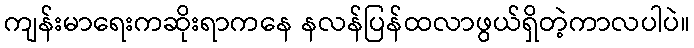
ကျန်းမာရေးကဆိုးရာကနေ နလန်ပြန်ထလာဖွယ်ရှိတဲ့ကာလပါပဲ။